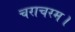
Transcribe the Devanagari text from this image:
चराचरम।